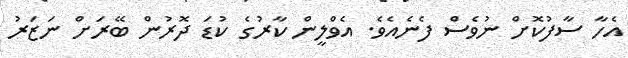
އެހާ ސާފުކޮށް ނުވެސް ފެނެއެވެ. އެވްލީން ކާރުގެ ކުޑަ ދޮރުން ބޭރަށް ނަޒަރު